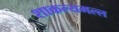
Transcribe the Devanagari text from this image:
शाकल्यमल्ल